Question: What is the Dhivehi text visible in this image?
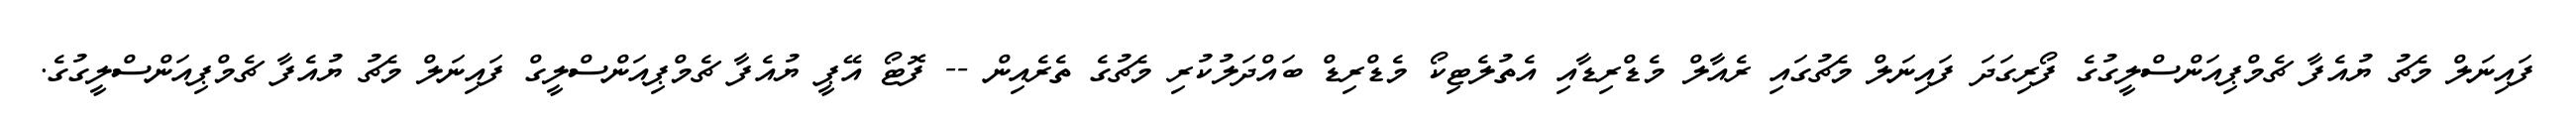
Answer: ފައިނަލް މެޗު ޔުއެފާ ޗެމްޕިއަންސްލީގުގެ ފޯރިގަދަ ފައިނަލް މެޗުގައި ރެއާލް މެޑްރިޑާއި އެތުލެޓިކޯ މެޑްރިޑް ބައްދަލުކުރި މެޗުގެ ތެރެއިން -- ފޮޓޯ އޭޕީ ޔުއެފާ ޗެމްޕިއަންސްލީގް ފައިނަލް މެޗު ޔުއެފާ ޗެމްޕިއަންސްލީގުގެ.